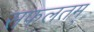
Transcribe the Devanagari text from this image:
सफलतम्